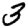
Digit: 3